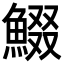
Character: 𩸯